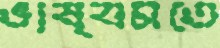
ভাষ্যমতে